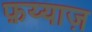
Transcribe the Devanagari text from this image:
फ़य्याज़